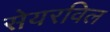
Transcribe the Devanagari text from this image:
सेयरविल